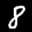
Label: 8